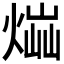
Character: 𤋫